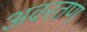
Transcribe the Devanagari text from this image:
अवरतण